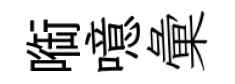
㗸噫彙